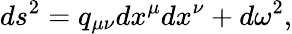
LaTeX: ds^{2}=q_{\mu\nu}dx^{\mu}dx^{\nu}+d\omega^{2},